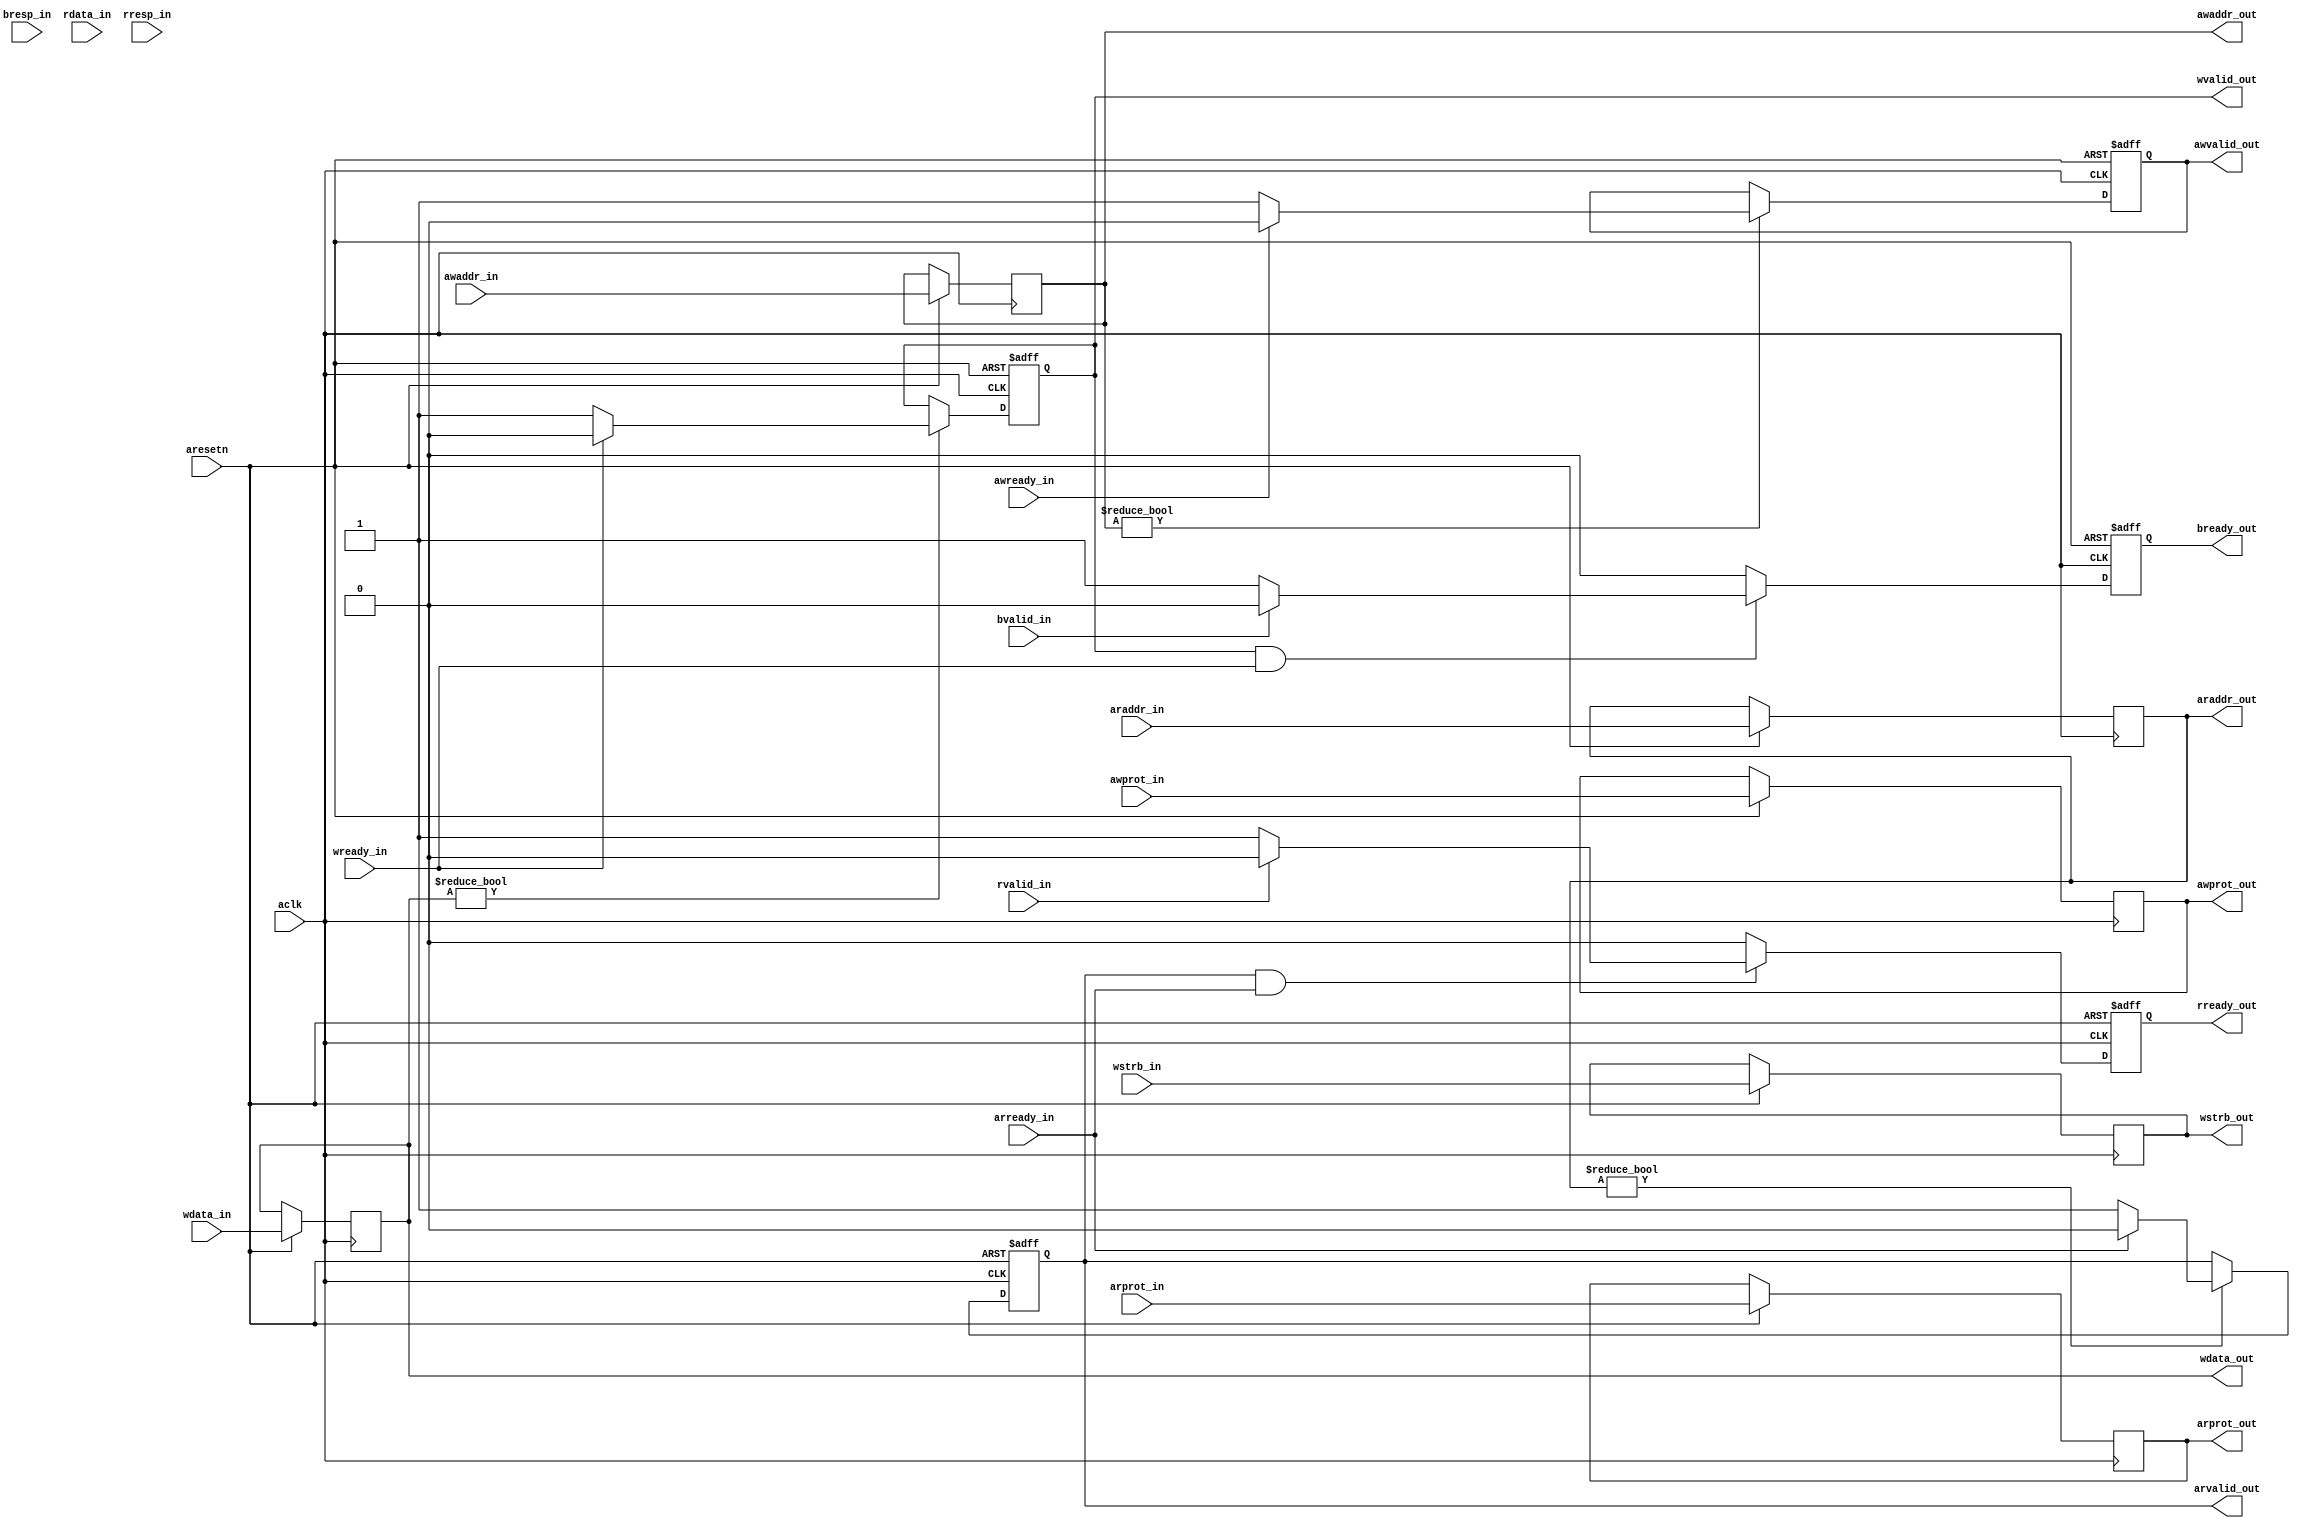
module axi4_lite_master_adaptor (
    input aclk,
    input aresetn,
    // Write Address Channel
    output reg [31:0] awaddr_out,
    output reg [2:0] awprot_out,
    output reg awvalid_out,
    input awready_in,
    //// Input(s) for Driving Output(s) of Write Address Channel
    input [31:0] awaddr_in,
    input [2:0] awprot_in,
    // Write Data Channel
    output reg [31:0] wdata_out,
    output reg [3:0] wstrb_out,
    output reg wvalid_out,
    input wready_in,
    //// Input(s) for Driving Output(s) of Write Data Channel
    input [31:0] wdata_in,
    input [3:0] wstrb_in,
    // Write Response Channel
    input [1:0] bresp_in,
    input bvalid_in,
    output reg bready_out,
    // Read Address Channel
    output reg [31:0] araddr_out,
    output reg [2:0] arprot_out,
    output reg arvalid_out,
    input arready_in,
    //// Input(s) for Driving Output(s) of Read Address Channel
    input [31:0] araddr_in,
    input [2:0] arprot_in,
    // Read Data Channel
    input [31:0] rdata_in,
    input [1:0] rresp_in,
    input rvalid_in,
    output reg rready_out
);

    // Write Address Channel
    
    always @(posedge aclk or negedge aresetn) begin
        if (!aresetn) begin
            awvalid_out <= 0;
        end
        else begin
            awaddr_out <= awaddr_in;
            awprot_out <= awprot_in;
            if (awaddr_out) begin
                awvalid_out <= 1;
                if (awready_in) begin
                    awvalid_out <= 0;
                end
            end
        end
    end

    // Write Data Channel
    
    always @(posedge aclk or negedge aresetn) begin
        if (!aresetn) begin
            wvalid_out <= 0;
        end
        else begin
            wdata_out <= wdata_in;
            wstrb_out <= wstrb_in;
            if (wdata_out) begin
                wvalid_out <= 1;
                if (wready_in) begin
                    wvalid_out <= 0;
                end
            end
        end
    end

    // Write Response Channel

    reg [1:0] bresp_save;

    always @(posedge aclk or negedge aresetn) begin
        if (!aresetn) begin
            bready_out <= 0;
        end
        else begin
            if (wvalid_out && wready_in) begin
                bready_out <= 1;
                if (bvalid_in) begin
                    bresp_save <= bresp_in;
                    bready_out <= 0;
                end
            end
            else begin
                bready_out <= 0;
            end
        end
    end

    // Read Address Channel

    always @(posedge aclk or negedge aresetn) begin
        if (!aresetn) begin
            arvalid_out <= 0;
        end
        else begin
            araddr_out <= araddr_in;
            arprot_out <= arprot_in;
            if (araddr_out) begin
                arvalid_out <= 1;
                if (arready_in) begin
                    arvalid_out <= 0;
                end
            end
        end
    end

    // Read Data Channel

    reg [31:0] rdata_save;
    reg [1:0] rresp_save;

    always @(posedge aclk or negedge aresetn) begin
        if (!aresetn) begin
            rready_out <= 0;
            rdata_save <= 0;
        end
        else begin
            if (arvalid_out && arready_in) begin
                rready_out <= 1;
                if (rvalid_in) begin
                    rdata_save <= rdata_in;
                    rresp_save <= rresp_in;
                    rready_out <= 0;
                end 
            end
            else begin
                rready_out <= 0;
            end
        end
    end
    
endmodule